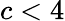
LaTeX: c<4